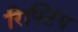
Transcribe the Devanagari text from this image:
रिफ्टिंग